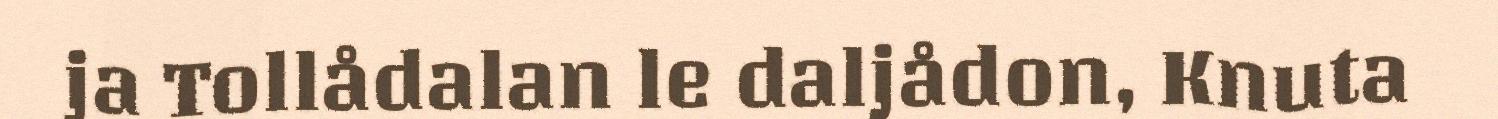
ja Tollådalan le daljådon, Knuta